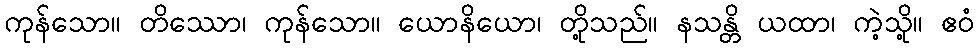
ကုန်သော။ တိဿော၊ ကုန်သော။ ယောနိယော၊ တို့သည်။ နသန္တိ ယထာ၊ ကဲ့သို့။ ဧဝံ